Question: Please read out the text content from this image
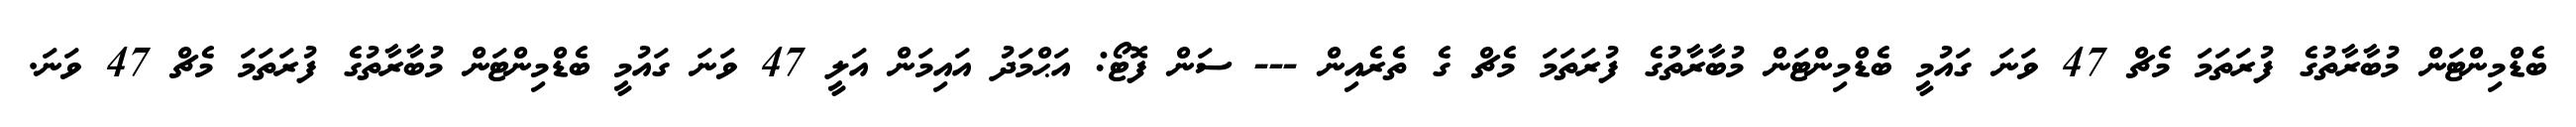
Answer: ބެޑްމިންޓަން މުބާރާތުގެ ފުރަތަމަ މެޗް 47 ވަނަ ގައުމީ ބެޑްމިންޓަން މުބާރާތުގެ ފުރަތަމަ މެޗް ގެ ތެރެއިން --- ސަން ފޮޓޯ: އަޙްމަދު އައިމަން އަލީ 47 ވަނަ ގައުމީ ބެޑްމިންޓަން މުބާރާތުގެ ފުރަތަމަ މެޗް 47 ވަނަ.